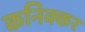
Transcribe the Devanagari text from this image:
कनिक्कर